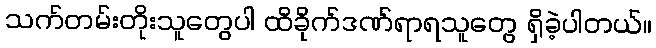
သက်တမ်းတိုးသူတွေပါ ထိခိုက်ဒဏ်ရာရသူတွေ ရှိခဲ့ပါတယ်။